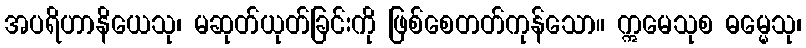
အပရိဟာနိယေသု၊ မဆုတ်ယုတ်ခြင်းကို ဖြစ်စေတတ်ကုန်သော။ ဣမေသုစ ဓမ္မေသု၊